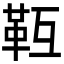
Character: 𩉱